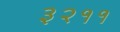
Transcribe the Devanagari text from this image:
३२११